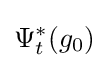
\Psi _{t}^{\ast }(g_{0})